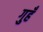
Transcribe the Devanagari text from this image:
गुहँ